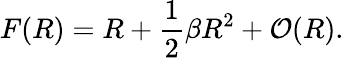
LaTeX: F(R)=R+\frac{1}{2}\beta R^{2}+{\cal O}(R).